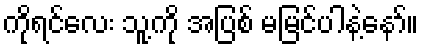
ကိုရင်လေး သူ့ကို အပြစ် မမြင်ပါနဲ့နော်။